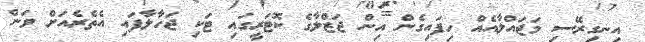
އިނގިރޭސި މަޖައްލާއެއް ހިފައިގެން އިން ޖަޒްލާގެ ކޮޓަރީގައި ޓަކި ޖަހާލާފައި އެތެރެއަށް ވަން